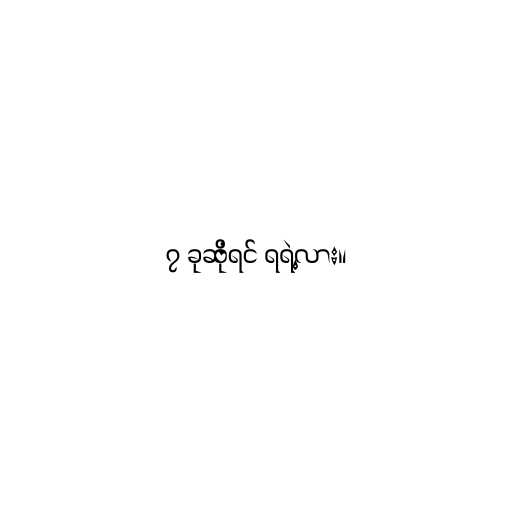
၇ ခုဆိုရင် ရရဲ့လား။